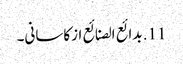
11. بدائع الصنائع ازکاسانی۔